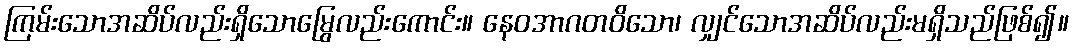
ကြမ်းသောအဆိပ်လည်းရှိသောမြွေလည်းကောင်း။ နေဝအာဂတဝိသော၊ လျှင်သောအဆိပ်လည်းမရှိသည်ဖြစ်၍။